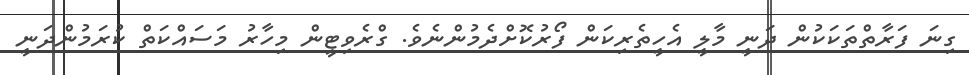
ގިނަ ފަރާތްތަކަކުން ދަނީ މާލީ އެހީތެރިކަން ފޯރުކޮށްދެމުންނެވެ. ގްރެވިޓީން މިހާރު މަސައްކަތް ކުރަމުންދަނީ